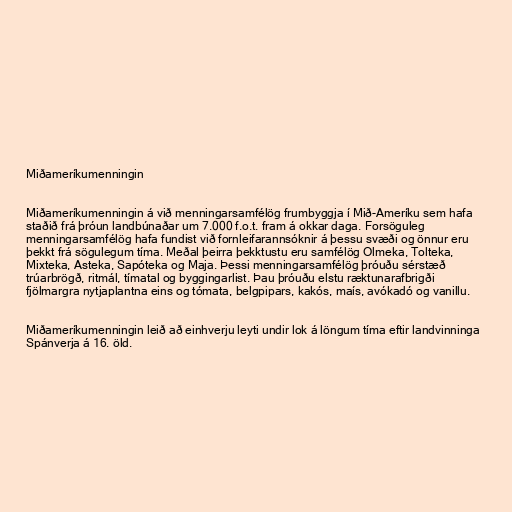
Miðameríkumenningin

Miðameríkumenningin á við menningarsamfélög frumbyggja í Mið-Ameríku sem hafa
staðið frá þróun landbúnaðar um 7.000 f.o.t. fram á okkar daga. Forsöguleg
menningarsamfélög hafa fundist við fornleifarannsóknir á þessu svæði og önnur eru
þekkt frá sögulegum tíma. Meðal þeirra þekktustu eru samfélög Olmeka, Tolteka,
Mixteka, Asteka, Sapóteka og Maja. Þessi menningarsamfélög þróuðu sérstæð
trúarbrögð, ritmál, tímatal og byggingarlist. Þau þróuðu elstu ræktunarafbrigði
fjölmargra nytjaplantna eins og tómata, belgpipars, kakós, maís, avókadó og vanillu.

Miðameríkumenningin leið að einhverju leyti undir lok á löngum tíma eftir landvinninga
Spánverja á 16. öld.